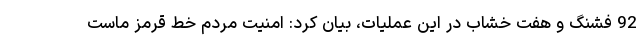
92 فشنگ و هفت خشاب در این عملیات، بیان کرد: امنیت مردم خط قرمز ماست